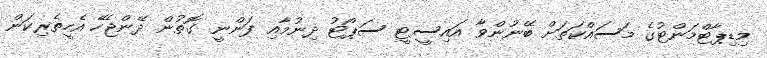
މިޑިޕާޓްމަންޓުގެ މަސައްކަތަށް ބޭނުންވާ އައިސީޓީ ސަޕޯޓު ދިނުމާއި ފަންނީ ގޮތުން ދޭންޖެހޭ އެހީތެރިކަން